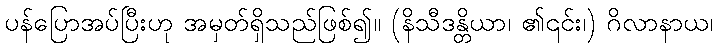
ပန်ပြောအပ်ပြီးဟု အမှတ်ရှိသည်ဖြစ်၍။ (နိသီဒန္တိယာ၊ ၏၎င်း၊) ဂိလာနာယ၊